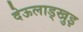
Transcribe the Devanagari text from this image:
देऊलाड्खुइ